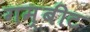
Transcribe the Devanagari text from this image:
गम्बीट